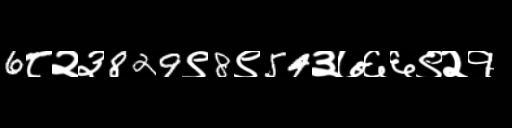
Text: 6८२३829९8९54३७६६९२१